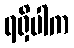
ရရှိပါက